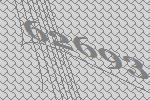
62693